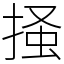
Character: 掻